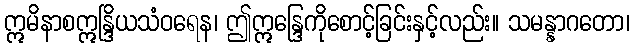
ဣမိနာစဣန္ဒြိယသံဝရေန၊ ဤဣန္ဒြေကိုစောင့်ခြင်းနှင့်လည်း။ သမန္နာဂတော၊